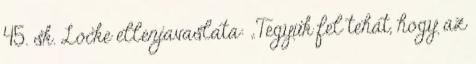
45. sk. Locke ellenjavaslata: „Tegyük fel tehát, hogy az